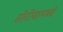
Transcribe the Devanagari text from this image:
सीरीयामध्ये